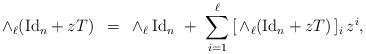
LaTeX: \begin{align*} \wedge_\ell ({\rm Id}_n+z T) \,\,\, = \,\,\, \wedge_\ell \,{\rm Id}_n \,\,+ \, \,\sum_{i=1}^\ell\, [\,\wedge_\ell ({\rm Id}_n+z T)\,]_i\, z^i, \end{align*}